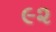
૯૨